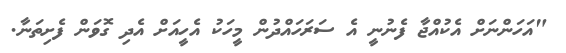
"އަހަންނަށް އެކުއްޖާ ފެނުނީ އެ ސަރަހައްދުން މީހަކު އެހީއަށް އެދި ގޮވަން ފެށިތަނާ.